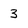
Character: 3